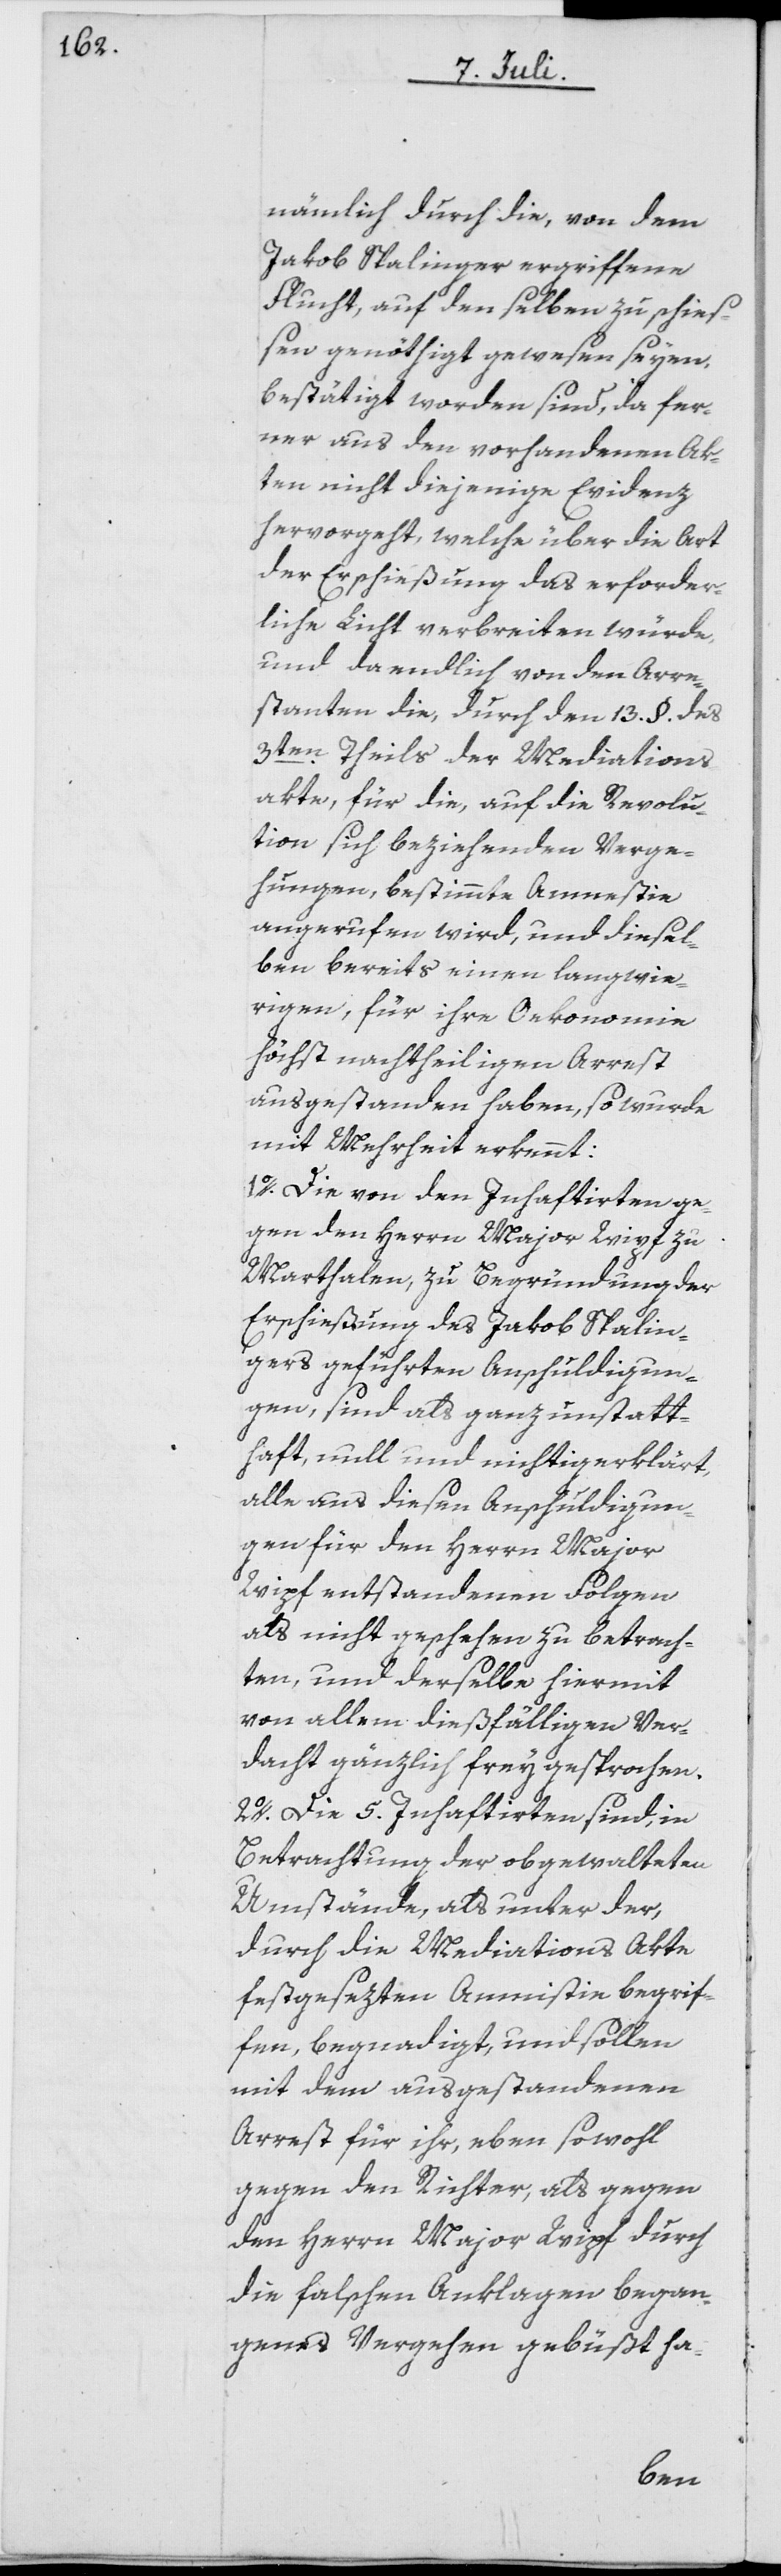
nämlich durch die, von dem
Jakob Spalinger ergriffene
Flucht, auf denselben zu schieß¬
en genöthigt gewesen seyen,
bestätigt worden sind, da fer¬
ner aus den vorhandenen Ak¬
ten nicht diejenige Evidenz
hervorgeht, welche über die Art
der Erschießung das erforder¬
liche Licht verbreiten würde,
und da endlich von den Arre¬
stanten die, durch den 13. §. des
3ten Theils der Mediations¬
akte für die, auf die Revolu¬
tion sich beziehenden Verge¬
hungen, bestimmte Amnestie
angerufen wird, und diesel¬
ben bereits einen langwie¬
rigen, für ihre Oekonomie
höchst nachtheiligen Arrest
ausgestanden haben, so wurde
mit Mehrheit erkennt:
1o. Die von den Inhaftirten ge¬
gen den Herrn Major Wipf zu
Marthalen, zu Begründung der
Erschießung des Jakob Spalin¬
gers geführten Anschuldigun¬
gen, sind als ganz unstatt¬
haft, null und nichtig erklärt,
alle aus diesen Anschuldigun¬
gen für den Herrn Major
Wipf entstandenen Folgen
als nicht geschehen zu betrach¬
ten, und derselbe hiermit
von allem dießfälligen Ver¬
dacht gänzlich frey gesprochen.
2o. Die 5. Inhaftirten sind, in
Betrachtung der obgewalteten
Umstände, als unter der,
durch die Mediations Akte
festgesezten Amnistie
fen, begnadigt, und sollen
mit dem ausgestandenen
Arrest für ihr, eben sowohl
gegen den Richter, als gegen
den Herrn Major Wipf durch
die falschen Anklagen began¬
genes Vergehen gebüßt ha-
begrif¬